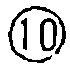
$\textcircled{10}$